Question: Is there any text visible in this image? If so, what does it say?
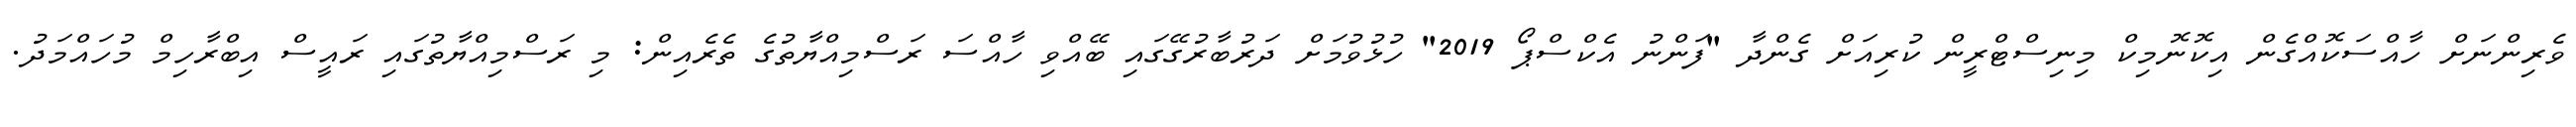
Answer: ވެރިންނަށް ހާއްސަކޮއްގެން އިކޮނޮމިކް މިނިސްޓްރީން ކުރިއަށް ގެންދާ "ފަންނު އެކްސްޕޯ 2019" ހުޅުވުމަށް ދަރުބާރުގޭގައި ބޭއްވި ހާއްސަ ރަސްމިއްޔާތުގެ ތެރެއިން: މި ރަސްމިއްޔާތުގައި ރައީސް އިބްރާހިމް މުހައްމަދު.